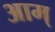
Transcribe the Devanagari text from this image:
आम्